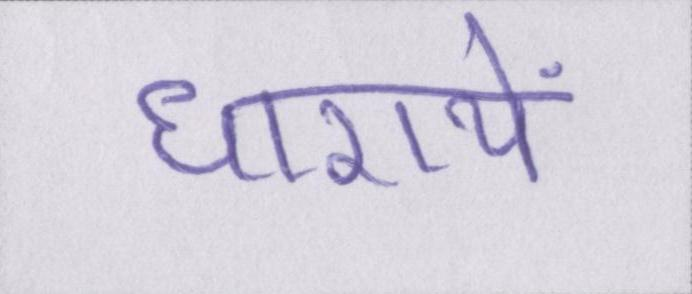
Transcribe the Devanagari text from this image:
धारायें